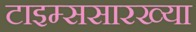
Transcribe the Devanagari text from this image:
टाइम्ससारख्या